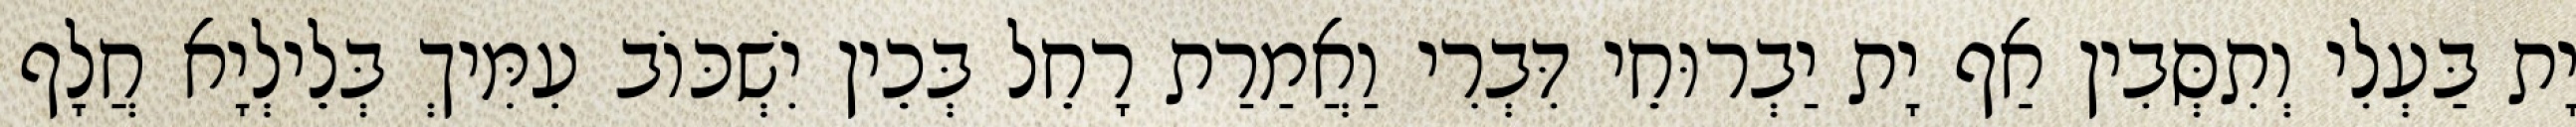
יָת בַּעְלִי וְתִסְּבִין אַף יָת יַבְרוּחֵי דִּבְרִי וַאֲמַרַת רָחֵל בְּכֵין יִשְׁכּוֹב עִמִּיךְ בְּלֵילְיָא חֲלָף